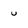
Character: u